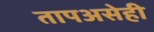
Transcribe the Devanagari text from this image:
तापअसेही